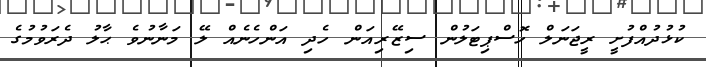
ކުޅުދުއްފުށީ ރީޖަނަލް ހޮސްޕިޓަލުން ސިޒޭރިއަން ހެދި އަންހެނެއް ލޭ މަނާނުވެ ޙާލު ދެރަވުމުގެ